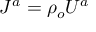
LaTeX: J ^ { a } = \rho _ { o } U ^ { a }